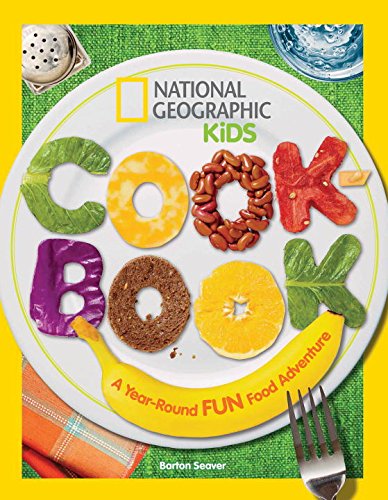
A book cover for National Geographic Kids Cookbook: A Year-Round Fun Food Adventure; Barton Seaver; Children's Books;